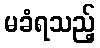
မခံရသည့်